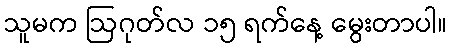
သူမက ဩဂုတ်လ ၁၅ ရက်နေ့ မွေးတာပါ။